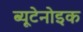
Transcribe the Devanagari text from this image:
ब्यूटेनोइक